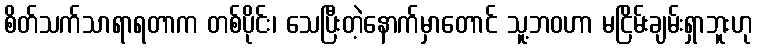
စိတ်သက်သာရာရတာက တစ်ပိုင်း၊ သေပြီးတဲ့နောက်မှာတောင် သူ့ဘဝဟာ မငြိမ်းချမ်းရှာဘူးဟု